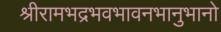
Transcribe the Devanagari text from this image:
श्रीरामभद्रभवभावनभानुभानो